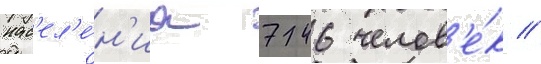
нас'ел'е́н'иа 746 челов'е́к //